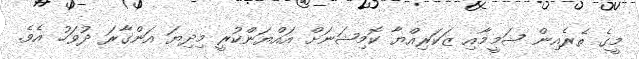
މީގެ ތެރެއިން ޝަމީމާއި ޒަކަރިއްޔާ ކޮމިޝަނަށް އައްޔަންކުރީ މިދިޔަ އަންގާރަ ދުވަހު އެވެ.